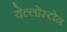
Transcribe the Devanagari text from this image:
येल्लोस्टोन